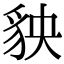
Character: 𧲱